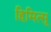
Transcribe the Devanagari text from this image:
हिमित्सू